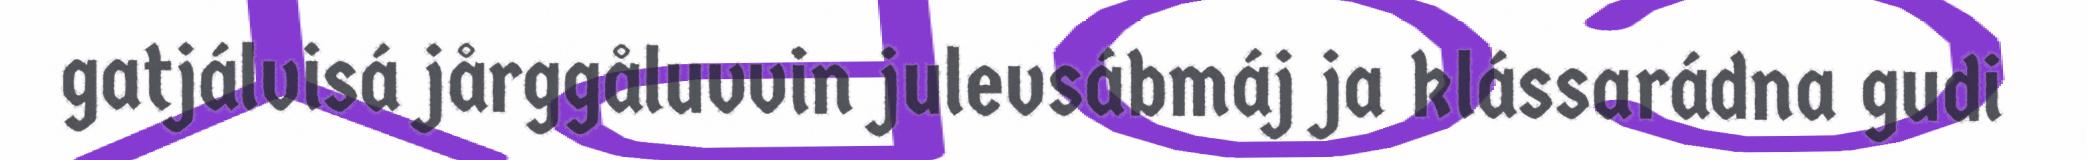
gatjálvisá jårggåluvvin julevsábmáj ja klássarádna gudi